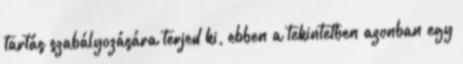
tartás szabályozására terjed ki, ebben a tekintetben azonban egy